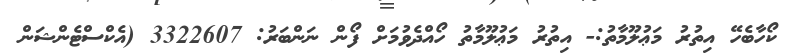
ކޯހާބެހޭ އިތުރު މަޢުލޫމާތު:- އިތުރު މަޢުލޫމާތު ހޯއްދެވުމަށް ފޯން ނަންބަރު: 3322607 (އެކްސްޓެންޝަން